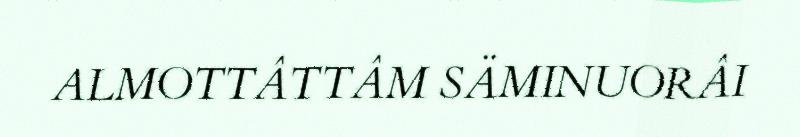
ALMOTTÂTTÂM SÄMINUORÂI